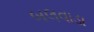
બલવાડા